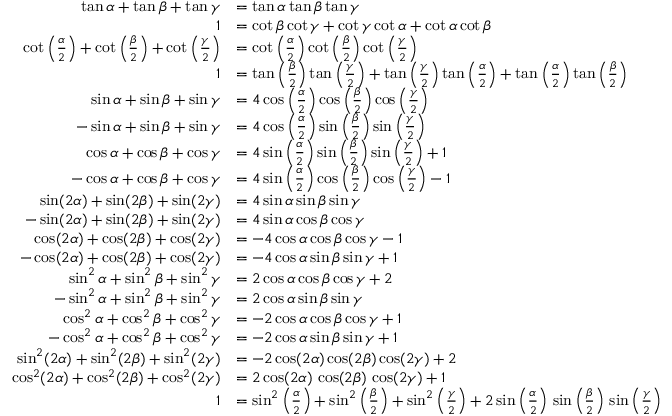
{ \begin{array} { r l } { \tan \alpha + \tan \beta + \tan \gamma } & { = \tan \alpha \tan \beta \tan \gamma } \\ { 1 } & { = \cot \beta \cot \gamma + \cot \gamma \cot \alpha + \cot \alpha \cot \beta } \\ { \cot \left( { \frac { \alpha } { 2 } } \right) + \cot \left( { \frac { \beta } { 2 } } \right) + \cot \left( { \frac { \gamma } { 2 } } \right) } & { = \cot \left( { \frac { \alpha } { 2 } } \right) \cot \left( { \frac { \beta } { 2 } } \right) \cot \left( { \frac { \gamma } { 2 } } \right) } \\ { 1 } & { = \tan \left( { \frac { \beta } { 2 } } \right) \tan \left( { \frac { \gamma } { 2 } } \right) + \tan \left( { \frac { \gamma } { 2 } } \right) \tan \left( { \frac { \alpha } { 2 } } \right) + \tan \left( { \frac { \alpha } { 2 } } \right) \tan \left( { \frac { \beta } { 2 } } \right) } \\ { \sin \alpha + \sin \beta + \sin \gamma } & { = 4 \cos \left( { \frac { \alpha } { 2 } } \right) \cos \left( { \frac { \beta } { 2 } } \right) \cos \left( { \frac { \gamma } { 2 } } \right) } \\ { - \sin \alpha + \sin \beta + \sin \gamma } & { = 4 \cos \left( { \frac { \alpha } { 2 } } \right) \sin \left( { \frac { \beta } { 2 } } \right) \sin \left( { \frac { \gamma } { 2 } } \right) } \\ { \cos \alpha + \cos \beta + \cos \gamma } & { = 4 \sin \left( { \frac { \alpha } { 2 } } \right) \sin \left( { \frac { \beta } { 2 } } \right) \sin \left( { \frac { \gamma } { 2 } } \right) + 1 } \\ { - \cos \alpha + \cos \beta + \cos \gamma } & { = 4 \sin \left( { \frac { \alpha } { 2 } } \right) \cos \left( { \frac { \beta } { 2 } } \right) \cos \left( { \frac { \gamma } { 2 } } \right) - 1 } \\ { \sin ( 2 \alpha ) + \sin ( 2 \beta ) + \sin ( 2 \gamma ) } & { = 4 \sin \alpha \sin \beta \sin \gamma } \\ { - \sin ( 2 \alpha ) + \sin ( 2 \beta ) + \sin ( 2 \gamma ) } & { = 4 \sin \alpha \cos \beta \cos \gamma } \\ { \cos ( 2 \alpha ) + \cos ( 2 \beta ) + \cos ( 2 \gamma ) } & { = - 4 \cos \alpha \cos \beta \cos \gamma - 1 } \\ { - \cos ( 2 \alpha ) + \cos ( 2 \beta ) + \cos ( 2 \gamma ) } & { = - 4 \cos \alpha \sin \beta \sin \gamma + 1 } \\ { \sin ^ { 2 } \alpha + \sin ^ { 2 } \beta + \sin ^ { 2 } \gamma } & { = 2 \cos \alpha \cos \beta \cos \gamma + 2 } \\ { - \sin ^ { 2 } \alpha + \sin ^ { 2 } \beta + \sin ^ { 2 } \gamma } & { = 2 \cos \alpha \sin \beta \sin \gamma } \\ { \cos ^ { 2 } \alpha + \cos ^ { 2 } \beta + \cos ^ { 2 } \gamma } & { = - 2 \cos \alpha \cos \beta \cos \gamma + 1 } \\ { - \cos ^ { 2 } \alpha + \cos ^ { 2 } \beta + \cos ^ { 2 } \gamma } & { = - 2 \cos \alpha \sin \beta \sin \gamma + 1 } \\ { \sin ^ { 2 } ( 2 \alpha ) + \sin ^ { 2 } ( 2 \beta ) + \sin ^ { 2 } ( 2 \gamma ) } & { = - 2 \cos ( 2 \alpha ) \cos ( 2 \beta ) \cos ( 2 \gamma ) + 2 } \\ { \cos ^ { 2 } ( 2 \alpha ) + \cos ^ { 2 } ( 2 \beta ) + \cos ^ { 2 } ( 2 \gamma ) } & { = 2 \cos ( 2 \alpha ) \, \cos ( 2 \beta ) \, \cos ( 2 \gamma ) + 1 } \\ { 1 } & { = \sin ^ { 2 } \left( { \frac { \alpha } { 2 } } \right) + \sin ^ { 2 } \left( { \frac { \beta } { 2 } } \right) + \sin ^ { 2 } \left( { \frac { \gamma } { 2 } } \right) + 2 \sin \left( { \frac { \alpha } { 2 } } \right) \, \sin \left( { \frac { \beta } { 2 } } \right) \, \sin \left( { \frac { \gamma } { 2 } } \right) } \end{array} }